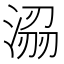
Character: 𭱟